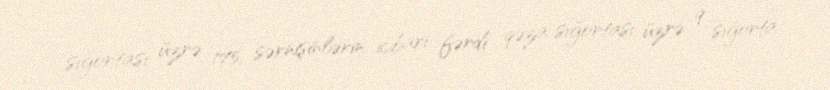
sığortası üzrə 175, sərnişinlərin icbari fərdi qəza sığortası üzrə 9 sığorta